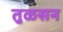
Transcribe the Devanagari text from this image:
तुळसन